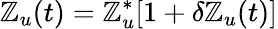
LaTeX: \mathbb{Z}_{u}(t)=\mathbb{Z}_{u}^{*}[1+\delta\mathbb{Z}_{u}(t)]